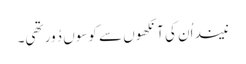
نیند اُن کی آنکھوں سے کوسوں دُور تھی۔